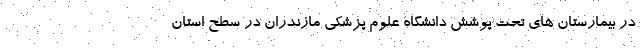
در بیمارستان های تحت پوشش دانشگاه علوم پزشکی مازندران در سطح استان